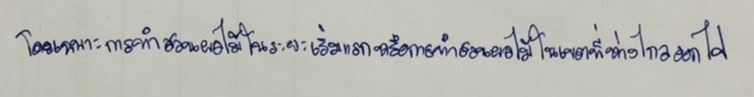
โดยเฉพาะการทำสวนผลไม้ในระยะเริ่มแรกหรือการทำสวนผลไม้ในเขตที่ห่างไกลออกไป